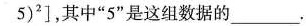
5 ) ^ { 2 } ]$$，其中”5”是这组数据的_____。